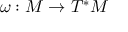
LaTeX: \omega : M \to T ^ { * } M